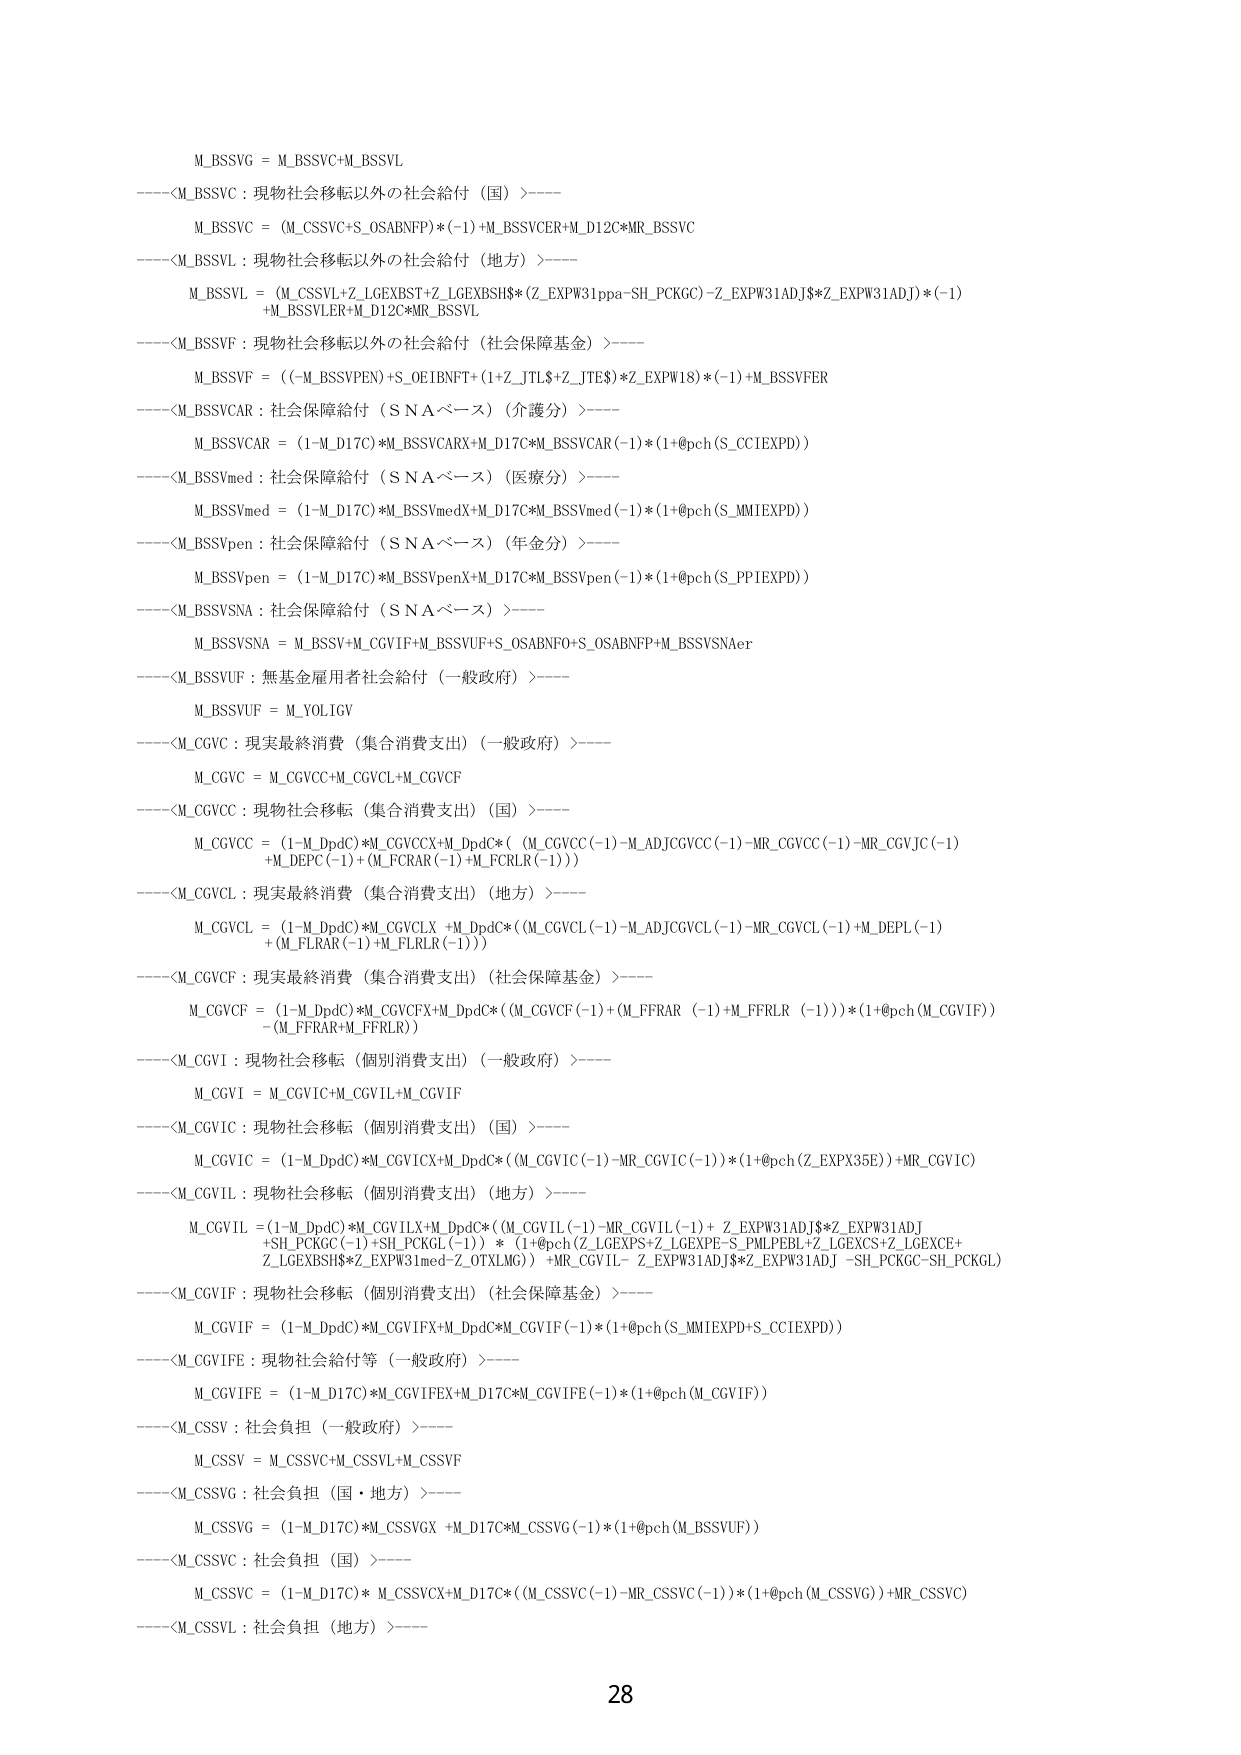
M_BSSVG = M_BSSVC+M_BSSVL
----<M_BSSVC : 現物社会移転以外の社会給付（国）>----
M_BSSVC = (M_CSSVC+S_OSABNFP)*(-1)+M_BSSVCER+M_D12C*MR_BSSVC
----<M_BSSVL : 現物社会移転以外の社会給付（地方）>----
M_BSSVL = (M_CSSVL+Z_LGEXBST+Z_LGEXBSH$(Z_EXPW31ppa-SH_PCKGC)-Z_EXPW31ADJ$*Z_EXPW31ADJ)*(-1)
+M_BSSVLER+M_D12C*MR_BSSVL
----<M_BSSVF : 現物社会移転以外の社会給付（社会保障基金）>----
M_BSSVF = ((-M_BSSVPEN)+S_OEIBNFT+(1+Z_JTL$+Z_JTE$)*Z_EXPW18)*(-1)+M_BSSVFER
----<M_BSSVCAR : 社会保障給付（ＳＮＡベース）（介護分）>----
M_BSSVCAR = (1-M_D17C)*M_BSSVCARX+M_D17C*M_BSSVCAR(-1)*(1+@pch(S_CCIEXPD))
----<M_BSSVmed : 社会保障給付（ＳＮＡベース）（医療分）>----
M_BSSVmed = (1-M_D17C)*M_BSSVmedX+M_D17C*M_BSSVmed(-1)*(1+@pch(S_MMIEXPD))
----<M_BSSVpen : 社会保障給付（ＳＮＡベース）（年金分）>----
M_BSSVpen = (1-M_D17C)*M_BSSVpenX+M_D17C*M_BSSVpen(-1)*(1+@pch(S_PPIEXPD))
----<M_BSSVSNA : 社会保障給付（ＳＮＡベース）>----
M_BSSVSNA = M_BSSV+M_CGVIF+M_BSSVUF+S_OSABNF0+S_OSABNFP+M_BSSVSNAer
----<M_BSSVUF : 無基金雇用者社会給付（一般政府）>----
M_BSSVUF = M_YOLIGV
----<M_CGVC : 現実最終消費（集合消費支出）（一般政府）>----
M_CGVC = M_CGVCC+M_CGVCL+M_CGVCF
----<M_CGVCC : 現物社会移転（集合消費支出）（国）>----
M_CGVCC = (1-M_DpdC)*M_CGVCX+M_DpdC*( (M_CGVC(-1)-M_ADJCGVCC(-1)-MR_CGVCC(-1)-MR_CGVJC(-1)
+M_DEPC(-1)+(M_FCRAR(-1)+M_FCR LR(-1)))
----<M_CGVCL : 現実最終消費（集合消費支出）（地方）>----
M_CGVCL = (1-M_DpdC)*M_CGVCLX +M_DpdC*( (M_CGVCL(-1)-M_ADJCGVCL(-1)-MR_CGVCL(-1)+M_DEPL(-1)
+(M_FLRAR(-1)+M_FLR LR(-1)))
----<M_CGVCF : 現実最終消費（集合消費支出）（社会保障基金）>----
M_CGVCF = (1-M_DpdC)*M_CGVCFX+M_DpdC*( (M_CGVCF(-1)+(M_FFRAR (-1)+M_FFR LR (-1)))*(1+@pch(M_CGVIF))
-(M_FFRAR+M_FFR LR))
----<M_CGVI : 現物社会移転（個別消費支出）（一般政府）>----
M_CGVI = M_CGVIC+M_CGVIL+M_CGVIF
----<M_CGVIC : 現物社会移転（個別消費支出）（国）>----
M_CGVIC = (1-M_DpdC)*M_CGVICX+M_DpdC*( (M_CGVIC(-1)-MR_CGVIC(-1))*(1+@pch(Z_EXPX35E)) +MR_CGVIC)
----<M_CGVIL : 現物社会移転（個別消費支出）（地方）>----
M_CGVIL = (1-M_DpdC)*M_CGVILX+M_DpdC*( (M_CGVIL(-1)-MR_CGVIL(-1)+ Z_EXPW31ADJ$*Z_EXPW31ADJ
+SH_PCKGC(-1)+SH_PCKGL(-1)) * (1+@pch(Z_LGEXPE+Z_LGEXPE-S_PMLPEBL+Z_LGEXCS+Z_LGEXCE+
Z_LGEXBSH$*Z_EXPW31med-Z_OTXLMG)) +MR_CGVIL- Z_EXPW31ADJ$*Z_EXPW31ADJ -SH_PCKGC-SH_PCKGL)
----<M_CGVIF : 現物社会移転（個別消費支出）（社会保障基金）>----
M_CGVIF = (1-M_DpdC)*M_CGVIFX+M_DpdC*M_CGVIF(-1)*(1+@pch(S_MMIEXPD+S_CCIEXPD))
----<M_CGVIFE : 現物社会給付等（一般政府）>----
M_CGVIFE = (1-M_D17C)*M_CGVIFEX+M_D17C*M_CGVIFE(-1)*(1+@pch(M_CGVIF))
----<M_CSSV : 社会負担（一般政府）>----
M_CSSV = M_CSSVC+M_CSSVL+M_CSSVF
----<M_CSSVG : 社会負担（国・地方）>----
M_CSSVG = (1-M_D17C)*M_CSSVGX +M_D17C*M_CSSVG(-1)*(1+@pch(M_BSSVUF))
----<M_CSSVC : 社会負担（国）>----
M_CSSVC = (1-M_D17C)* M_CSSVCX+M_D17C*((M_CSSVC(-1)-MR_CSSVC(-1))*(1+@pch(M_CSSVG))+MR_CSSVC)
----<M_CSSVL : 社会負担（地方）>----
28